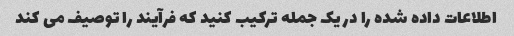
اطلاعات داده شده را در یک جمله ترکیب کنید که فرآیند را توصیف می کند